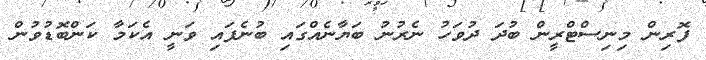
ފޮރިން މިނިސްޓްރީން ބުދަ ދުވަހު ނެރުނު ބަޔާނެއްގައި ބުނެފައި ވަނީ އެކަމާ ކަންބޮޑުވުން